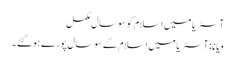
آسٹریا میں اسلام کو سوسال مکمل
ویانا: آسٹریا میں اسلام کے سوسال پورے ہوگئے ۔